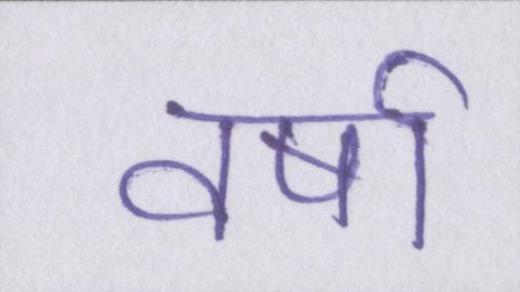
वर्षा